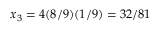
x _ { 3 } = 4 ( 8 / 9 ) ( 1 / 9 ) = 3 2 / 8 1